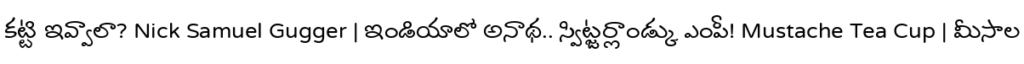
కట్టి ఇవ్వాలా? Nick Samuel Gugger | ఇండియాలో అనాథ.. స్విట్జర్లాండ్కు ఎంపీ! Mustache Tea Cup | మీసాల